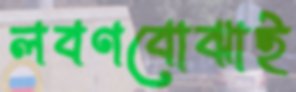
লবণবোঝাই